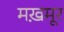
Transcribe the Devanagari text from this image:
मख़मूर